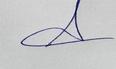
Signature authenticity: genuine